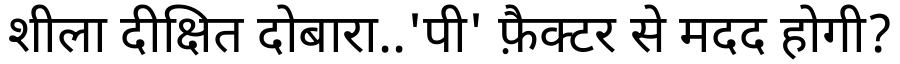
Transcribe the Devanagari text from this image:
शीला दीक्षित दोबारा..'पी' फ़ैक्टर से मदद होगी?